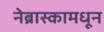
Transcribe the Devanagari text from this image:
नेब्रास्कामधून